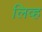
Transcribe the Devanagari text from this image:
लिव्ह